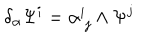
\delta _ { \alpha } \Psi ^ { i } = \alpha _ { \ j } ^ { i } \wedge \Psi ^ { j }